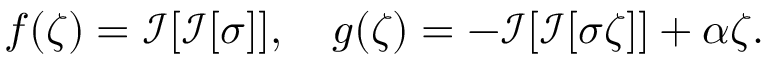
f ( \zeta ) = \mathcal { I } [ \mathcal { I } [ \sigma ] ] , \quad g ( \zeta ) = - \mathcal { I } [ \mathcal { I } [ \sigma \zeta ] ] + \alpha \zeta .